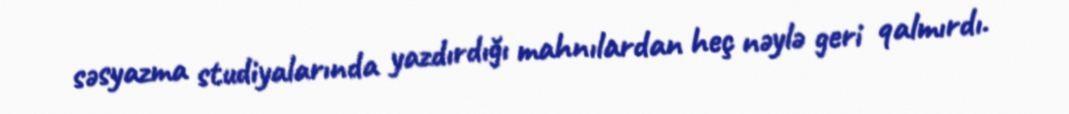
səsyazma studiyalarında yazdırdığı mahnılardan heç nəylə geri qalmırdı.